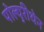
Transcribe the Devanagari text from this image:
पोल्युरीथेन